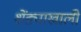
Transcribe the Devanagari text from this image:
शेंड्याखाली